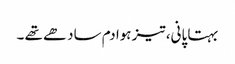
بہتا پانی، تیز ہوا دم سادھے تھے ۔